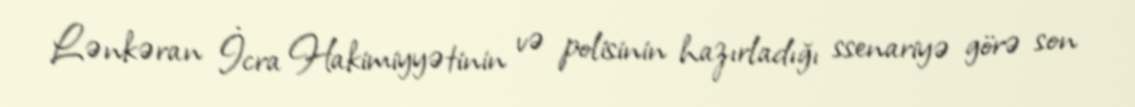
Lənkəran İcra Hakimiyyətinin və polisinin hazırladığı ssenariyə görə son